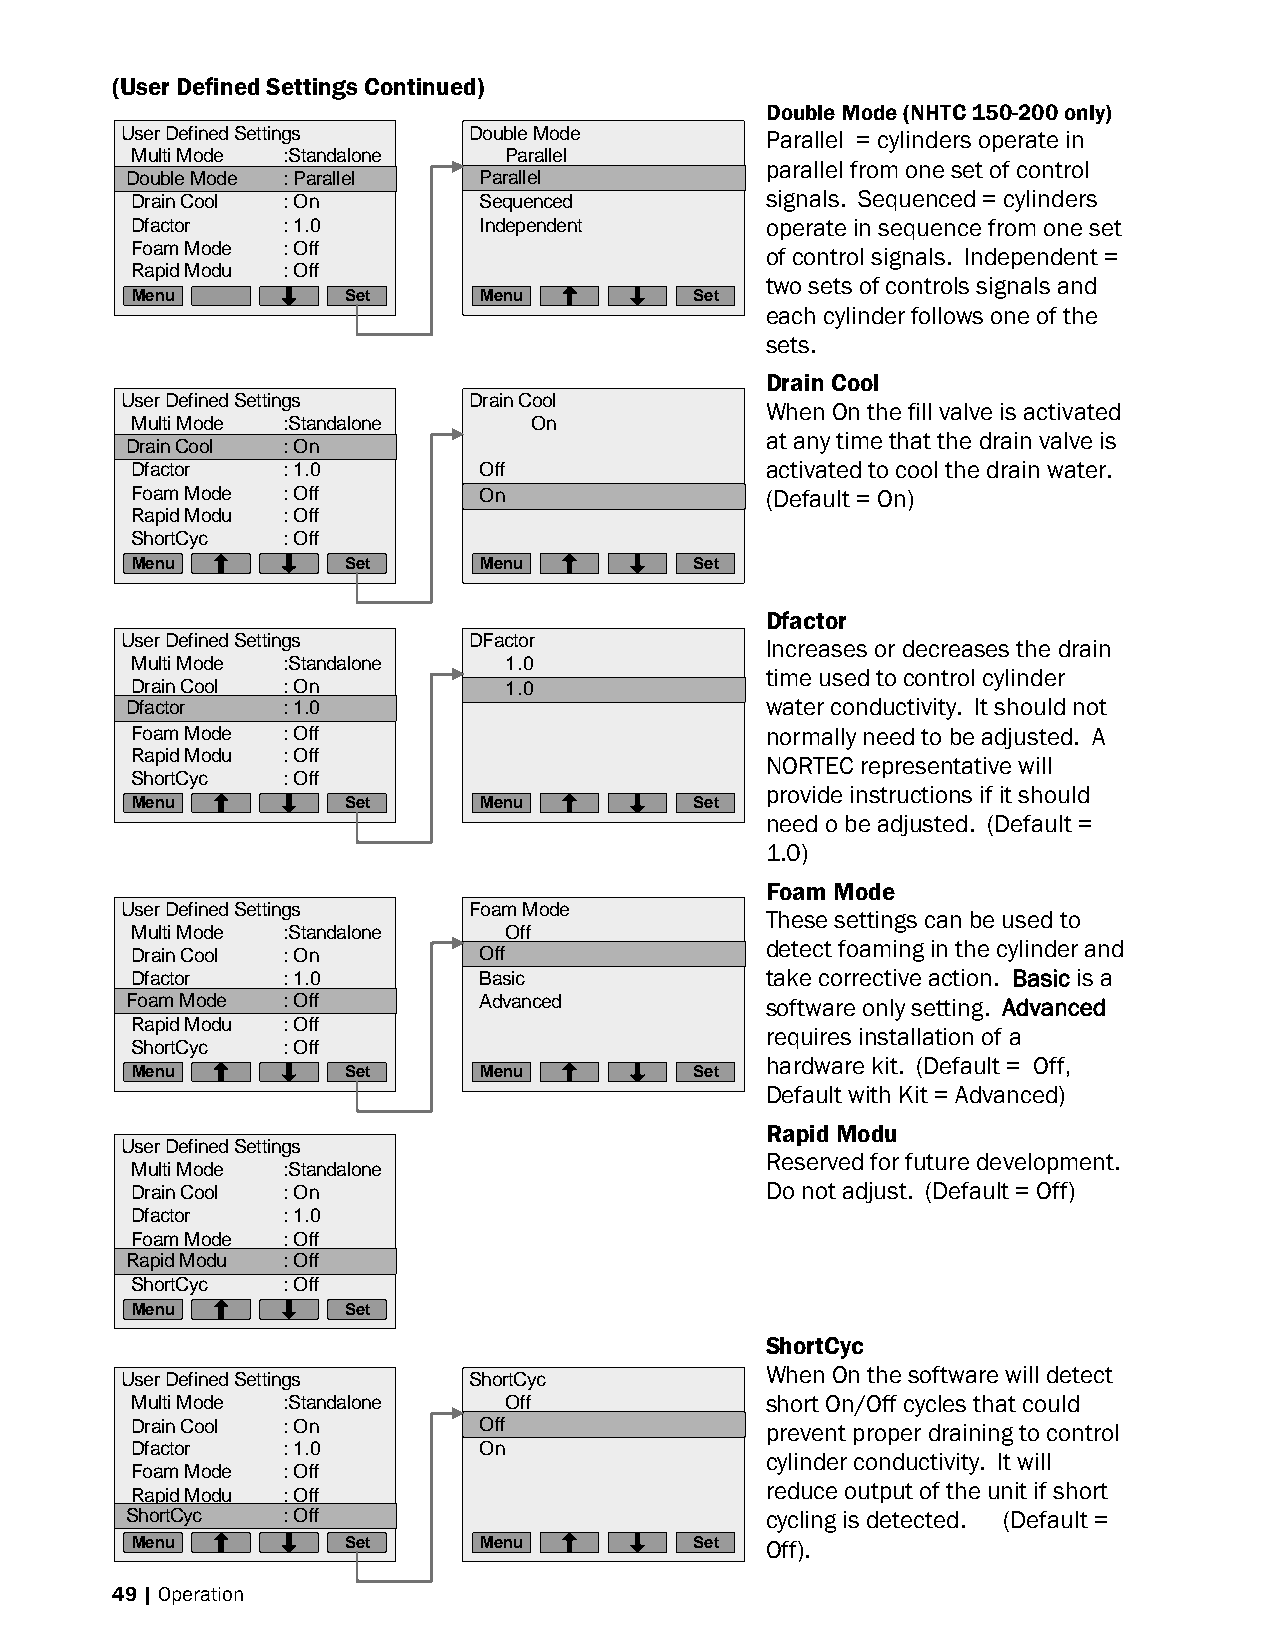
(User Defined Settings Continued)
 Double Mode (NHTC 150-200 only)
 User Defined Settings  Double Mode         Parallel = cylinders operate in
 Multi Mode :Standalone  Parallel
 parallel from one set of control
 DDoouubblele MMooddee :: PPaarraalllleell PPaarraalllleell
 Drain Cool : On        Sequenced          signals. Sequenced = cylinders
 Dfactor   : 1.0        Independent        operate in sequence from one set
 Foam Mode : Off
 of control signals. Independent =
 Rapid Modu : Off
 two sets of controls signals and
 Menu          Set      Menu          Set
 each cylinder follows one of the
 sets.
 Drain Cool
 User Defined Settings  Drain Cool
 When On the fill valve is activated
 Multi Mode :Standalone    On
 at any time that the drain valve is
 DDrraainin CCooooll :: OOnn
 Dfactor   : 1.0        Off                activated to cool the drain water.
 Foam Mode : Off        OOnn               (Default = On)
 Rapid Modu : Off
 ShortCyc  : Off
 Menu          Set      Menu          Set
 Dfactor
 User Defined Settings  DFactor             Increases or decreases the drain
 Multi Mode :Standalone  1.0
 time used to control cylinder
 Drain Cool : On         11..00
 DDffaaccttoorr :: 11..00                   water conductivity. It should not
 Foam Mode : Off                           normally need to be adjusted. A
 Rapid Modu : Off
 NORTEC representative will
 ShortCyc  : Off
 provide instructions if it should
 Menu          Set      Menu          Set
 need o be adjusted. (Default =
 1.0)
 Foam Mode
 User Defined Settings  Foam Mode
 These settings can be used to
 Multi Mode :Standalone  Off
 detect foaming in the cylinder and
 Drain Cool : On        OOffff
 Dfactor   : 1.0        Basic              take corrective action. Basic is a
 FFooaamm MMooddee :: OOffff Advanced       software only setting. Advanced
 Rapid Modu : Off
 requires installation of a
 ShortCyc  : Off
 hardware kit. (Default = Off,
 Menu          Set      Menu          Set
 Default with Kit = Advanced)
 Rapid Modu
 User Defined Settings
 Reserved for future development.
 Multi Mode :Standalone
 Drain Cool : On                           Do not adjust. (Default = Off)
 Dfactor   : 1.0
 Foam Mode : Off
 RRaappidid MMoodduu :: OOffff
 ShortCyc  : Off
 Menu          Set
 ShortCyc
 When On the software will detect
 User Defined Settings  ShortCyc
 Multi Mode :Standalone  Off               short On/Off cycles that could
 Drain Cool : On        OOffff             prevent proper draining to control
 Dfactor   : 1.0        On
 cylinder conductivity. It will
 Foam Mode : Off
 reduce output of the unit if short
 Rapid Modu : Off
 SShhoorrttCCyycc :: OOffff                 cycling is detected. (Default =
 Menu          Set      Menu          Set  Off).
 49 | Operation